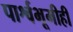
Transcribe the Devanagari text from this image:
पार्श्वभूमीही